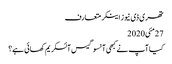
تھری ڈی نیوز اینکر متعارف
27مئی2020
کیا آپ نے کبھی آنسو گیس آئسکریم کھائی ہے؟